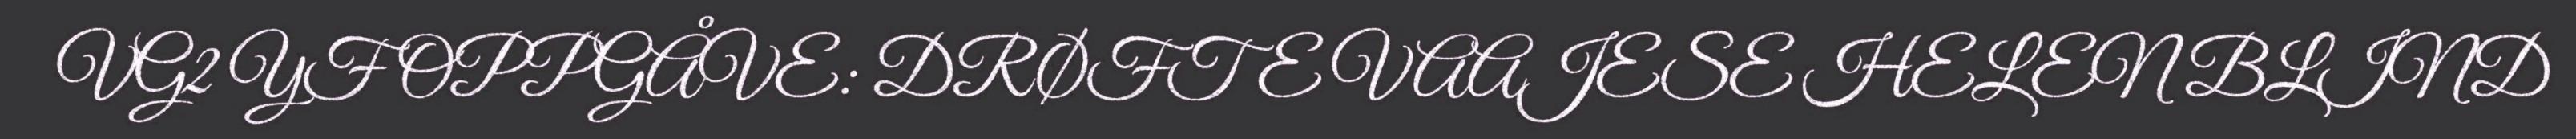
VG2 YF OPPGÅVE: DRØFTE VAAJESE HELEN BLIND